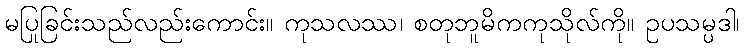
မပြုခြင်းသည်လည်းကောင်း။ ကုသလဿ၊ စတုဘူမိကကုသိုလ်ကို။ ဥပသမ္ပဒါ၊